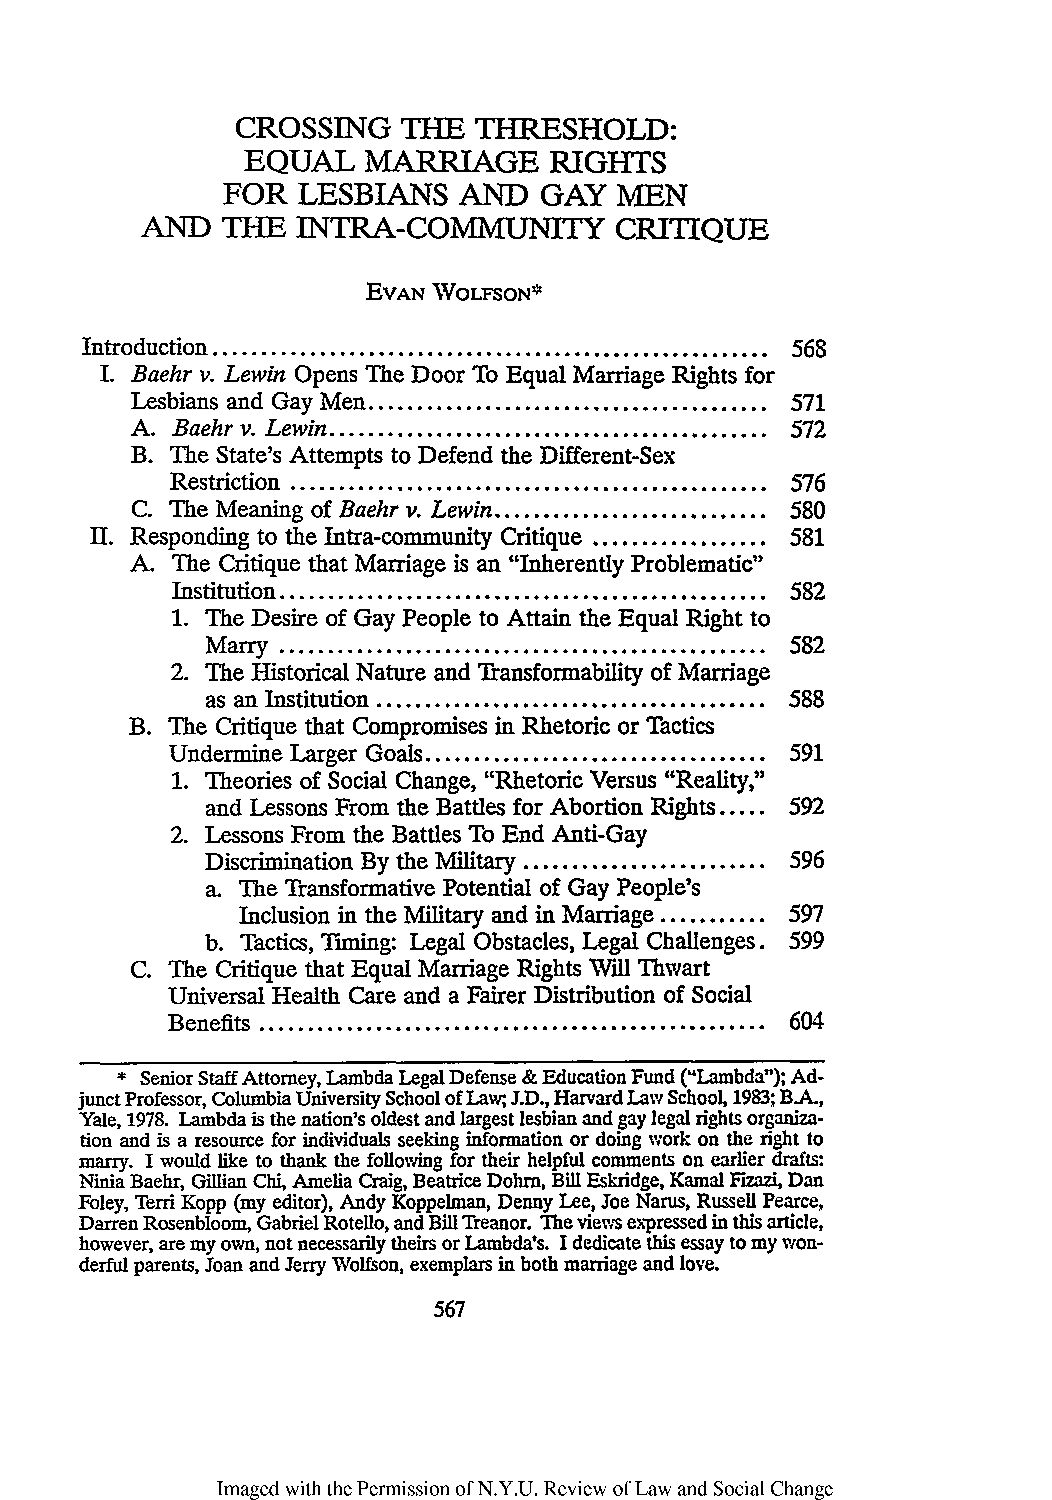
CROSSING  THE  THRESHOLD:
 EQUAL   MARRIAGE    RIGHTS
 FOR  LESBIANS  AND   GAY  MEN
 AND   THE  INTRA-COMMUNITY      CRITIQUE
 EVAN WOLFSON*
 Introduction ......................................................... 568
 I. Baehr v. Lewin Opens The Door To Equal Marriage Rights for
 Lesbians and Gay Men ......................................... 571
 A. Baehr v. Lewin ............................................. 572
 B. The State's Attempts to Defend the Different-Sex
 Restriction ................................................. 576
 C. The Meaning of Baehr v. Lewin ............................ 580
 II. Responding to the Intra-community Critique .................. 581
 A. The Critique that Marriage is an "Inherently Problematic"
 Institution .................................................. 582
 1. The Desire of Gay People to Attain the Equal Right to
 Ma rry .................................................. 582
 2. The Historical Nature and Transformability of Marriage
 as an Institution ........................................ 588
 B. The Critique that Compromises in Rhetoric or Tactics
 Undermine Larger Goals ................................... 591
 1. Theories of Social Change, "Rhetoric Versus "Reality,"
 and Lessons From the Battles for Abortion Rights ..... 592
 2. Lessons From the Battles To End Anti-Gay
 Discrimination By the Military ......................... 596
 a. The Transformative Potential of Gay People's
 Inclusion in the Military and in Marriage ........... 597
 b. Tactics, Tming: Legal Obstacles, Legal Challenges. 599
 C. The Critique that Equal Marriage Rights Will Thwart
 Universal Health Care and a Fairer Distribution of Social
 Benefits .................................................... 604
 * Senior Staff Attorney, Lambda Legal Defense & Education Fund ("Lambda"); Ad-
 junct Professor, Columbia University School of Law;, J.D., Harvard Law School, 1983; B-A.,
 Yale, 1978. Lambda is the nation's oldest and largest lesbian and gay legal rights organiza-
 tion and is a resource for individuals seeking information or doing work on the right to
 marry. I would like to thank the following for their helpful comments on earlier drafts:
 Ninia Baehr, Gillian Chi,A melia Craig, Beatrice Dohm, Bill Eskridge, Kamal Fzazi, Dan
 Foley, Terri Kopp (my editor), Andy Koppelman, Denny Lee, Joe Narus, Russell Pearce,
 Darren Rosenbloom, Gabriel Rotello, and Bill Treanor. The views expressed in this article,
 however, are my own, not necessarily theirs or Lambda's. I dedicate this essay to my won-
 derful parents, Joan and Jerry Wolfson, exemplars in both marriage and love.
 567
 Imaged with the Permission of N.Y.U. Review of Law and Social Change